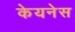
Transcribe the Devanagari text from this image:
केयनेस